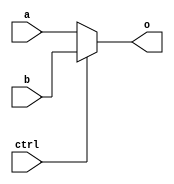
// mux2_1.v

module MUX2_1(
	input [31:0] a,
	input [31:0] b,
	input ctrl,
	output [31:0] o
	);

	assign o = ctrl ? b : a;

endmodule